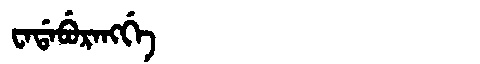
Manchu: ᠸᠠᡩᠠᠪᡠᡵᠠᠩᡤᡝ
Romanization: WADABURANGGE